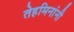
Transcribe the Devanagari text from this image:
तेहमिनांनी